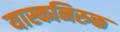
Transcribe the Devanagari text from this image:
यास्कनिरुक्त